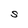
Character: S